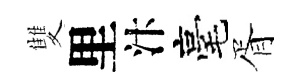
雙里汴毫胥